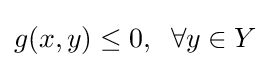
g(x,y)\leq 0,\;\;\forall y\in Y